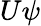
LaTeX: U\psi